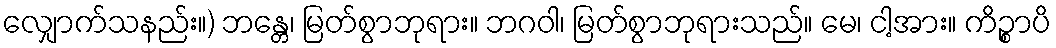
လျှောက်သနည်း။) ဘန္တေ၊ မြတ်စွာဘုရား။ ဘဂဝါ၊ မြတ်စွာဘုရားသည်။ မေ၊ ငါ့အား။ ကိဉ္စာပိ